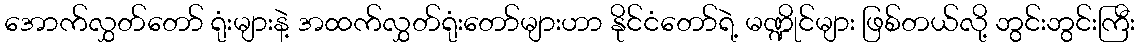
အောက်လွှတ်တော် ရုံးများနဲ့ အထက်လွှတ်ရုံးတော်များဟာ နိုင်ငံတော်ရဲ့ မဏ္ဍိုင်များ ဖြစ်တယ်လို့ ဘွင်းဘွင်းကြီး